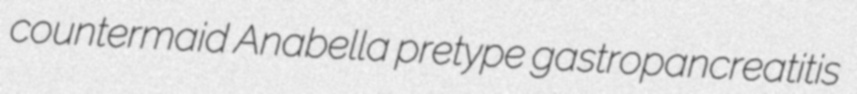
countermaid Anabella pretype gastropancreatitis